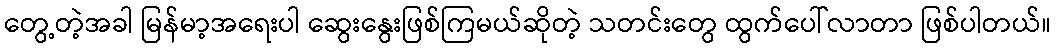
တွေ့တဲ့အခါ မြန်မာ့အရေးပါ ဆွေးနွေးဖြစ်ကြမယ်ဆိုတဲ့ သတင်းတွေ ထွက်ပေါ်လာတာ ဖြစ်ပါတယ်။